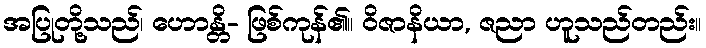
အပြုတို့သည်၊ ဟောန္တိ- ဖြစ်ကုန်၏။ ဝိဇာနိယာ, ဇညာ ဟူသည်တည်း။